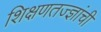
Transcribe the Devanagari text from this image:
शिक्षणतज्ज्ञांची